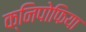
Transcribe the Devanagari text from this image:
क्निपोफिया